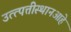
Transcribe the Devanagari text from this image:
उत्त्पत्तीस्थानआहे